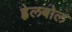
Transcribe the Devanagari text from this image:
ह्वेलबोल